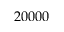
2 0 0 0 0